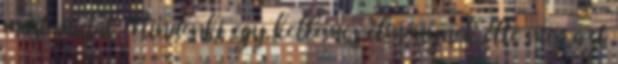
mást mutat. Mindenki egy kellemes élménynek élte meg azt